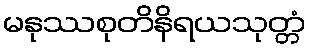
မနုဿစုတိနိရယသုတ္တံ